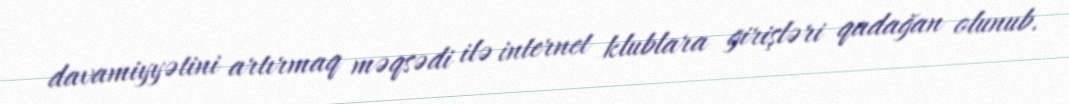
davamiyyətini artırmaq məqsədi ilə internet klublara girişləri qadağan olunub.